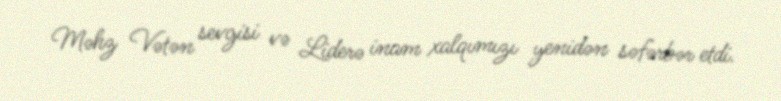
Məhz Vətən sevgisi və Liderə inam xalqımızı yenidən səfərbər etdi.